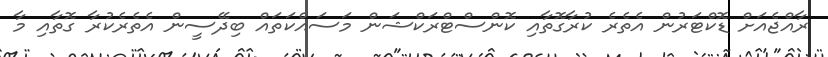
ރާއްޖެއަށް ޑޮކްޓަރުން އެތެރެ ކުރާގޮތާއި ކޮންސްޓްރަކްޝަން މަސައްކަތައް ބިދޭސީން އެތެރެކުރާ ގޮތާއި މާ